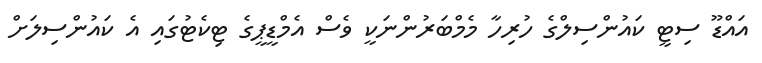
އައްޑޫ ސިޓީ ކައުންސިލްގެ ހުރިހާ މެމްބަރުންނަކީ ވެސް އެމްޑީޕީގެ ޓިކެޓުގައި އެ ކައުންސިލަށް